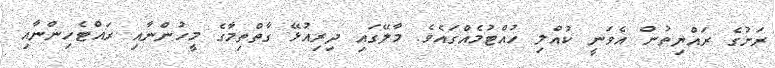
ރަށުގެ ރައްޔިތުން އެވަނީ ކުއްލި ހުއްޓުމެއްގައެވެ. މާލޭގައި ދިރިއުޅޭ ގާތްތިމާގެ މީހުންނާއި ރައްޓެހިންނާއި